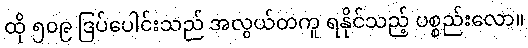
ထို ၅၀၉ ဒြပ်ပေါင်းသည် အလွယ်တကူ ရနိုင်သည့် ပစ္စည်းလော။